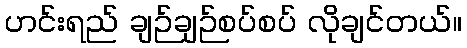
ဟင်းရည် ချဉ်ချဉ်စပ်စပ် လိုချင်တယ်။